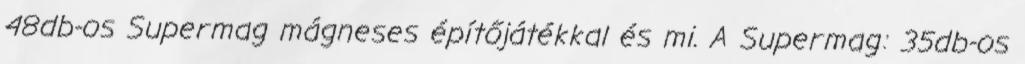
48db-os Supermag mágneses építőjátékkal és mi. A Supermag: 35db-os